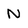
Character: N